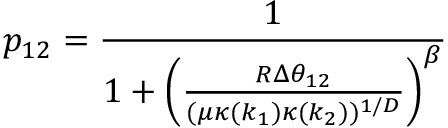
p _ { 1 2 } = \frac { 1 } { 1 + \left( \frac { R \Delta \theta _ { 1 2 } } { ( \mu \kappa ( k _ { 1 } ) \kappa ( k _ { 2 } ) ) ^ { 1 / D } } \right) ^ { \beta } }